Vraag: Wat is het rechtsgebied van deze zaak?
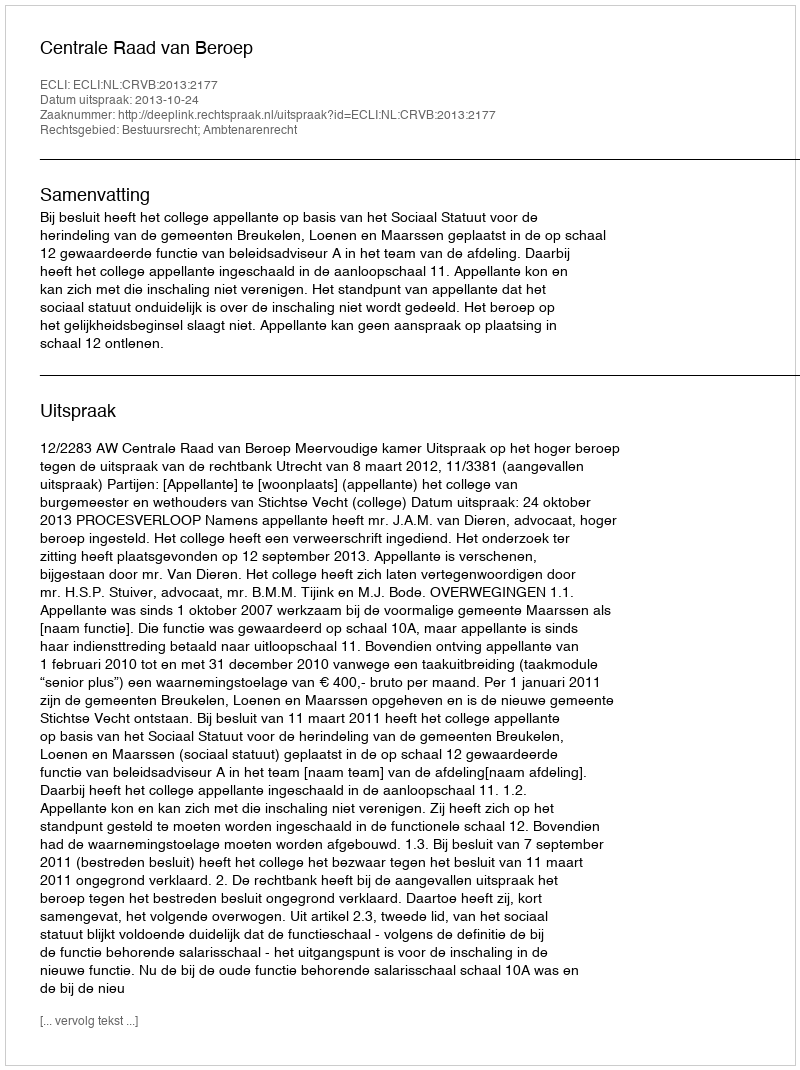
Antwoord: Bestuursrecht; Ambtenarenrecht